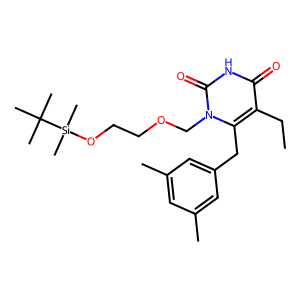
SMILES: CCc1c(Cc2cc(C)cc(C)c2)n(COCCO[Si](C)(C)C(C)(C)C)c(=O)[nH]c1=O
Inhibits HIV replication: Yes